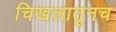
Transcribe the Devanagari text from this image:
चिखलातूनच